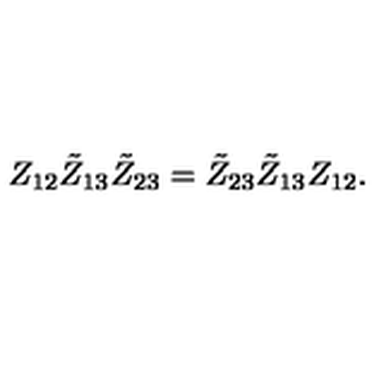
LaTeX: Z _ { 1 2 } \tilde { Z } _ { 1 3 } \tilde { Z } _ { 2 3 } = \tilde { Z } _ { 2 3 } \tilde { Z } _ { 1 3 } Z _ { 1 2 } .